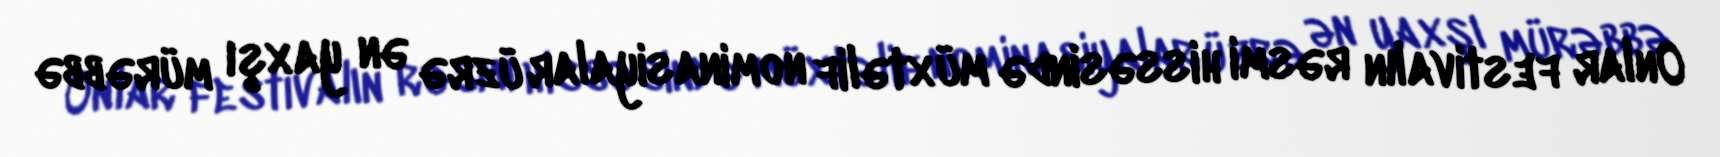
Onlar festivalın rəsmi hissəsində müxtəlif nominasiyalar üzrə ən yaxşı mürəbbə